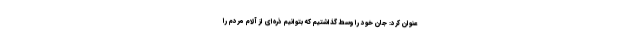
عنوان کرد: جان خود را وسط گذاشتیم که بتوانیم ذره‌ای از آلام مردم را